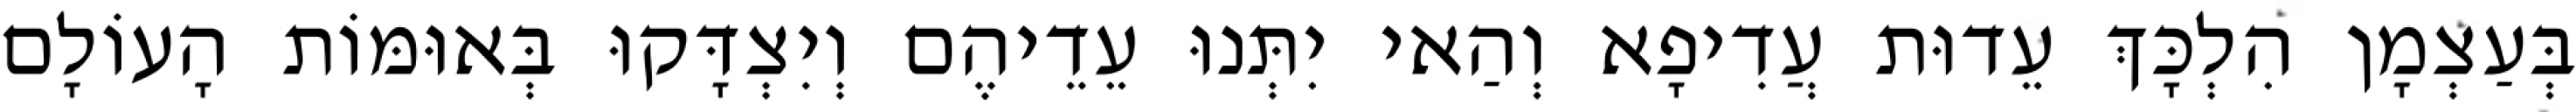
בְּעַצְמָן הִלְכָּךְ עֵדוּת עֲדִיפָא וְהַאי יִתְּנוּ עֵדֵיהֶם וְיִצְדָּקוּ בְּאוּמּוֹת הָעוֹלָם